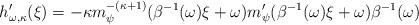
LaTeX: \begin{align*}h_{\omega,\kappa}'(\xi) = -\kappa m^{-(\kappa+1)}_\psi(\beta^{-1}(\omega)\xi+\omega)m_\psi'(\beta^{-1}(\omega)\xi+\omega)\beta^{-1}(\omega)\end{align*}